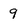
Character: 9